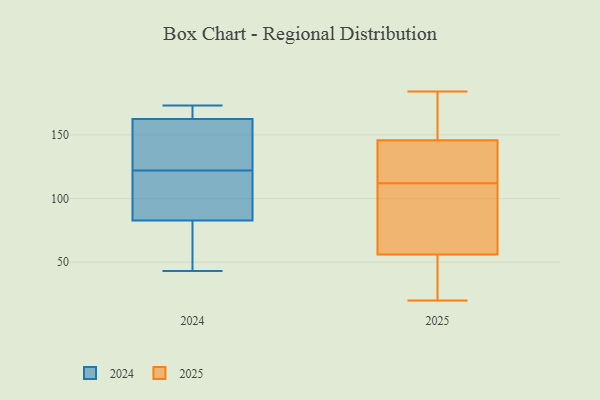
{"axis": {"x": "Net Income (USD K)", "y": "Value"}, "legend": ["2024", "2025"], "data": [{"x": "", "y": 176, "type": "2025"}, {"x": "", "y": 62, "type": "2025"}, {"x": "", "y": 71, "type": "2025"}, {"x": "", "y": 123, "type": "2025"}, {"x": "", "y": 108, "type": "2025"}, {"x": "", "y": 184, "type": "2025"}, {"x": "", "y": 142, "type": "2025"}, {"x": "", "y": 173, "type": "2025"}, {"x": "", "y": 54, "type": "2025"}, {"x": "", "y": 23, "type": "2025"}, {"x": "", "y": 20, "type": "2025"}, {"x": "", "y": 147, "type": "2025"}, {"x": "", "y": 130, "type": "2025"}, {"x": "", "y": 112, "type": "2025"}, {"x": "", "y": 37, "type": "2025"}, {"x": "", "y": 84, "type": "2024"}, {"x": "", "y": 115, "type": "2024"}, {"x": "", "y": 162, "type": "2024"}, {"x": "", "y": 128, "type": "2024"}, {"x": "", "y": 164, "type": "2024"}, {"x": "", "y": 79, "type": "2024"}, {"x": "", "y": 43, "type": "2024"}, {"x": "", "y": 156, "type": "2024"}, {"x": "", "y": 102, "type": "2024"}, {"x": "", "y": 141, "type": "2024"}, {"x": "", "y": 110, "type": "2024"}, {"x": "", "y": 170, "type": "2024"}, {"x": "", "y": 54, "type": "2024"}, {"x": "", "y": 122, "type": "2024"}, {"x": "", "y": 173, "type": "2024"}, {"x": "", "y": 78, "type": "2024"}, {"x": "", "y": 168, "type": "2024"}]}